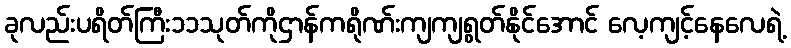
ခုလည်းပရိတ်ကြီး၁၁သုတ်ကိုဌာန်ကရိုဏ်းကျကျရွတ်နိုင်အောင် လေ့ကျင့်နေလေရဲ့